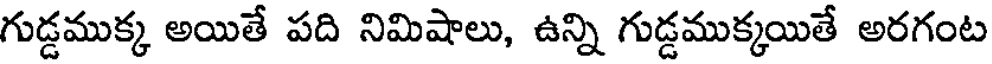
గుడ్డముక్క అయితే పది నిమిషాలు, ఉన్ని గుడ్డముక్కయితే అరగంట